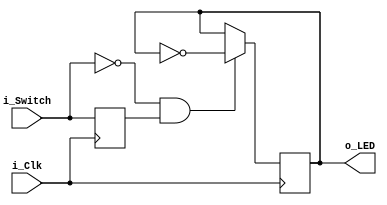
module Switch(
    input i_Clk,
    input i_Switch,
    output o_LED);

    reg r_LED     = 1'b0;
    reg r_Switch  = 1'b0;

    // Purpose: Toggle LED output when i_Switch is released
    always @(posedge i_Clk)
    begin
        r_Switch <= i_Switch; // Creates a register

        // This conditional expression looks for a falling edge on i_Switch.
        // Here, the current value (i_Swtich) is low, but the previous value
        // (r_Switch) is high. This means that we found a falling edge.
        if (i_Switch == 1'b0 && r_Switch == 1'b1)
        begin
            r_LED <= ~r_LED; // Toggle LED output
        end
    end

    assign o_LED = r_LED;
endmodule